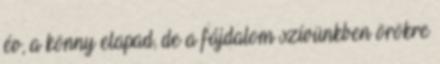
év, a könny elapad, de a fájdalom szívünkben örökre